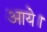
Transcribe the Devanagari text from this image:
अाये।